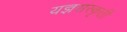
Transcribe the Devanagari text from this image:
यज्ञसंस्कृती